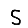
Digit: 5